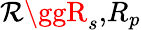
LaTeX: \mathcal{R}\ggR_{s}\mathrm{{,}}R_{p}